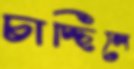
চাচ্ছিলে